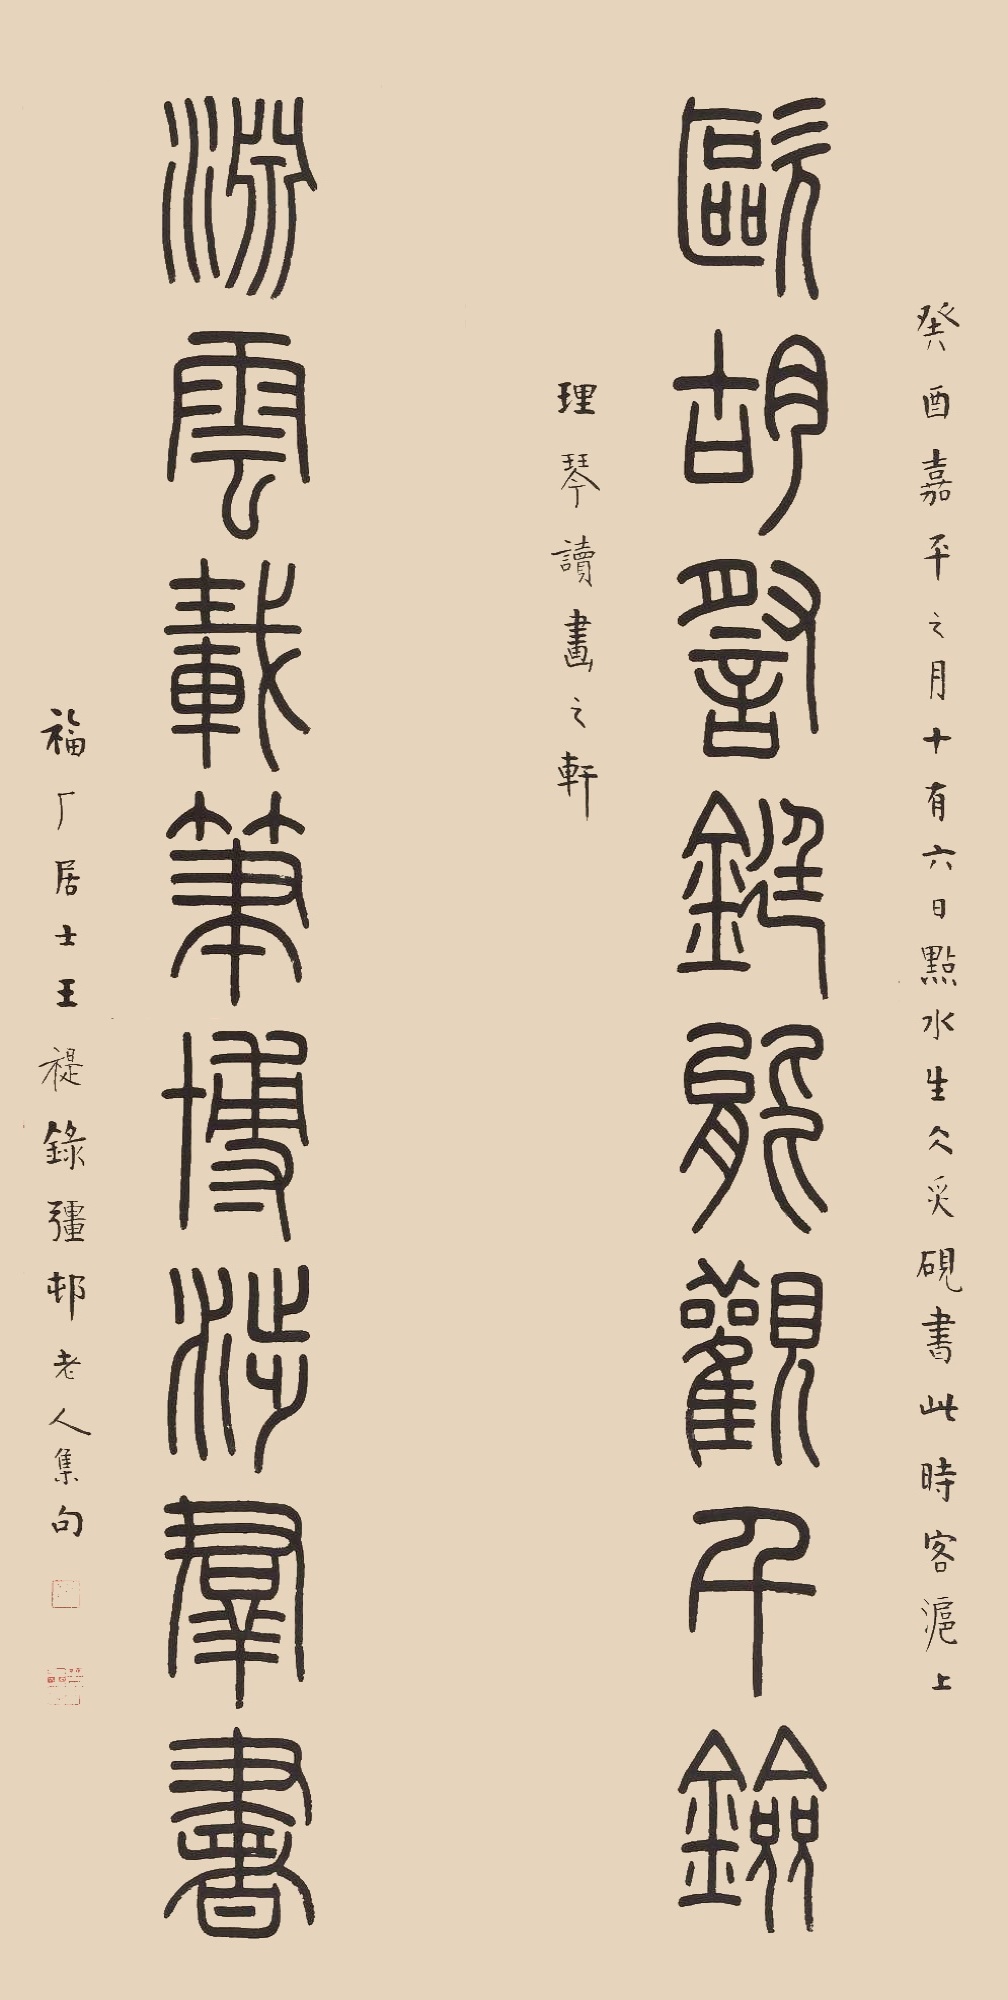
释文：欧胡察铤能观千剑，渊云载笔博涉群书。癸酉嘉平之月。十有六日点水生冰，炙砚书此时客沪上。生理琴读画之轩。福厂居士王褆录强村老人集句。